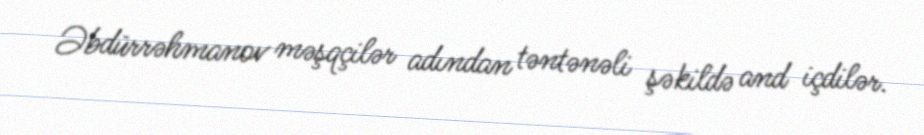
Əbdürrəhmanov məşqçilər adından təntənəli şəkildə and içdilər.